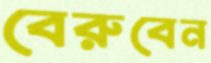
বেরুবেন